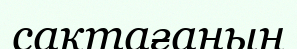
сақтағаның